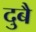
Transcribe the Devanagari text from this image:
दुबै